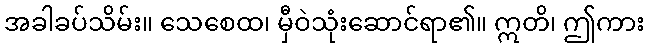
အခါခပ်သိမ်း။ သေစေထ၊ မှီဝဲသုံးဆောင်ရာ၏။ ဣတိ၊ ဤကား